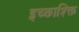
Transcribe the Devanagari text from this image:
इच्छाश्क्ति